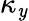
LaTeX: \kappa_{\mathit{y}}